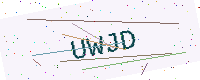
Text: UWJD